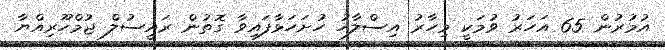
އުމުރުން 65 އަހަރު ވުމަކީ މިހާރު އިސްލާހު ހުށަހަޅާފައިވާ ގޮތުން ރައީސުލް ޖުމްހޫރިއްޔާ